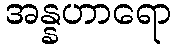
အန္နဟာရော